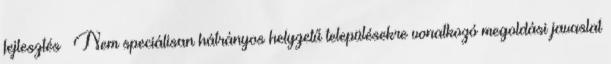
fejlesztés ▪Nem speciálisan hátrányos helyzetű településekre vonatkozó megoldási javaslat